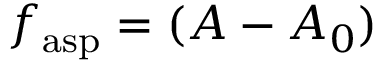
f _ { \mathrm { a s p } } = ( A - A _ { 0 } )